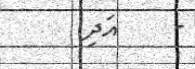
-    އަދި